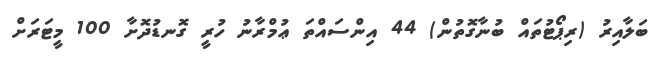
ބަލާއިރު (ރިޕޯޓުތައް ބުނާގޮތުން) 44 އިންސައްތަ ޢުމްރާނު ހުރީ ގޮނޑުދޮށާ 100 މީޓަރަށް